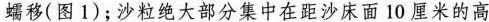
蠕移(图1)；沙粒绝大部分集中在距沙床面10厘米的高